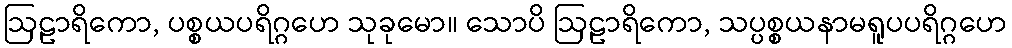
ဩဠာရိကော, ပစ္စယပရိဂ္ဂဟေ သုခုမော။ သောပိ ဩဠာရိကော, သပ္ပစ္စယနာမရူပပရိဂ္ဂဟေ